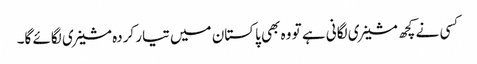
کسی نے کچھ مشینری لگانی ہے تو وہ بھی پاکستان میں تیار کردہ مشینری لگائے گا۔